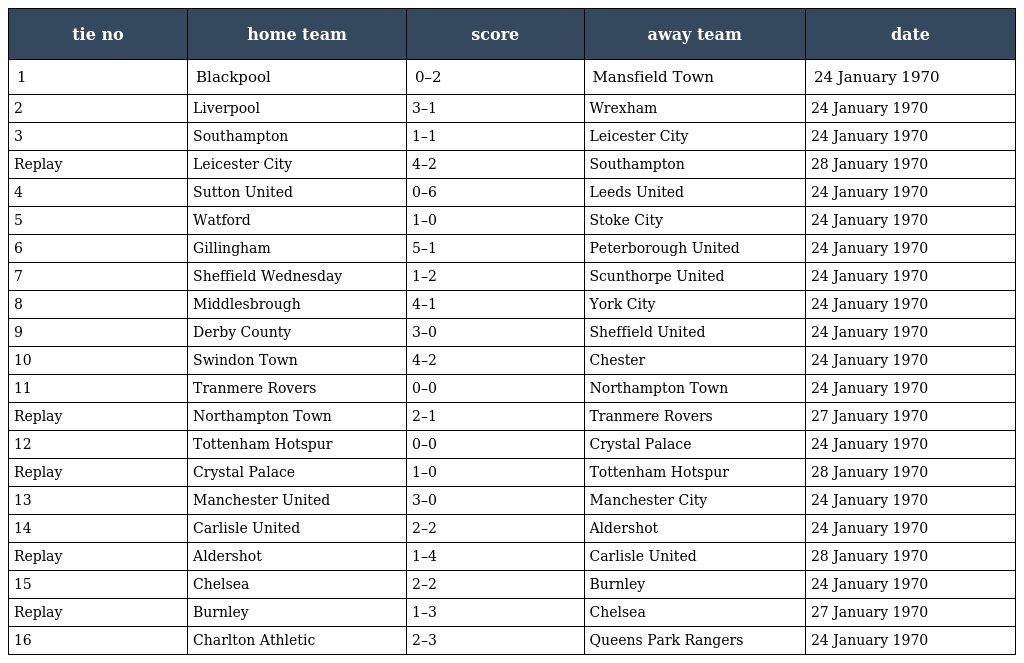
| tie no | home team | score | away team | date |
 | --- | --- | --- | --- | --- |
 | 1 | Blackpool | 0–2 | Mansfield Town | 24 January 1970 |
 | 2 | Liverpool | 3–1 | Wrexham | 24 January 1970 |
 | 3 | Southampton | 1–1 | Leicester City | 24 January 1970 |
 | Replay | Leicester City | 4–2 | Southampton | 28 January 1970 |
 | 4 | Sutton United | 0–6 | Leeds United | 24 January 1970 |
 | 5 | Watford | 1–0 | Stoke City | 24 January 1970 |
 | 6 | Gillingham | 5–1 | Peterborough United | 24 January 1970 |
 | 7 | Sheffield Wednesday | 1–2 | Scunthorpe United | 24 January 1970 |
 | 8 | Middlesbrough | 4–1 | York City | 24 January 1970 |
 | 9 | Derby County | 3–0 | Sheffield United | 24 January 1970 |
 | 10 | Swindon Town | 4–2 | Chester | 24 January 1970 |
 | 11 | Tranmere Rovers | 0–0 | Northampton Town | 24 January 1970 |
 | Replay | Northampton Town | 2–1 | Tranmere Rovers | 27 January 1970 |
 | 12 | Tottenham Hotspur | 0–0 | Crystal Palace | 24 January 1970 |
 | Replay | Crystal Palace | 1–0 | Tottenham Hotspur | 28 January 1970 |
 | 13 | Manchester United | 3–0 | Manchester City | 24 January 1970 |
 | 14 | Carlisle United | 2–2 | Aldershot | 24 January 1970 |
 | Replay | Aldershot | 1–4 | Carlisle United | 28 January 1970 |
 | 15 | Chelsea | 2–2 | Burnley | 24 January 1970 |
 | Replay | Burnley | 1–3 | Chelsea | 27 January 1970 |
 | 16 | Charlton Athletic | 2–3 | Queens Park Rangers | 24 January 1970 |